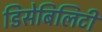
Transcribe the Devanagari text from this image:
डिसेबिलिटी